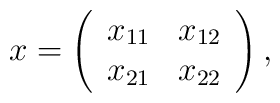
x = \left( \begin{array}{cc}x_{11} & x_{12} \\x_{21} & x_{22}\end{array} \right),